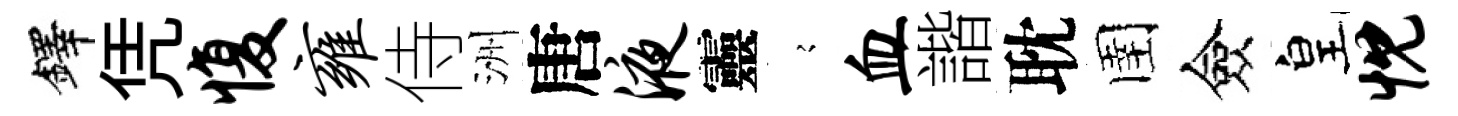
鐸凭愎雍侍洲唐液靈𡪹血諧耽圉僉皇忱